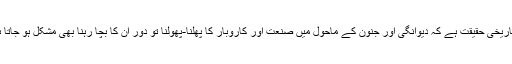
یہ تاریخی حقیقت ہے کہ دیوانگی اور جنون کے ماحول میں صنعت اور کاروبار کا پھلنا-پھولنا تو دور ان کا بچا رہنا بھی مشکل ہو جاتا ہے۔